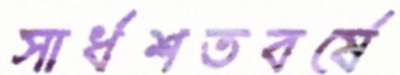
সার্ধশতবর্ষে